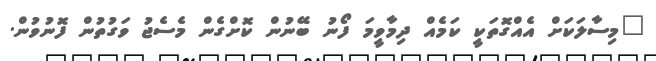
"މިސާލަކަށް އެއްގޮތަކީ ކަމެއް ދިމާވީމަ ފޯނު ބޭނުން ކޮށްގެން މެސެޖު ވަގުތުން ފޮނުވުން.